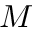
M